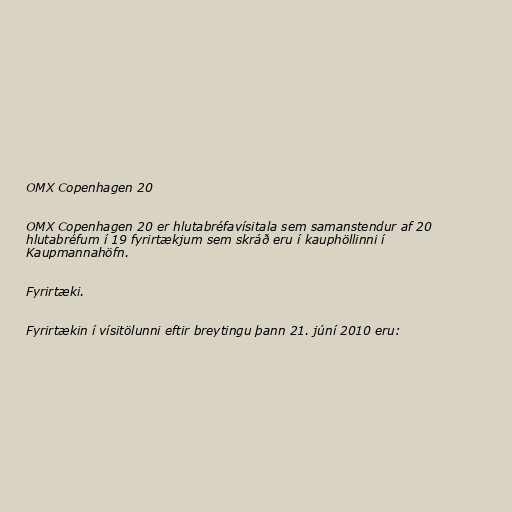
OMX Copenhagen 20

OMX Copenhagen 20 er hlutabréfavísitala sem samanstendur af 20
hlutabréfum í 19 fyrirtækjum sem skráð eru í kauphöllinni í
Kaupmannahöfn.

Fyrirtæki.

Fyrirtækin í vísitölunni eftir breytingu þann 21. júní 2010 eru: